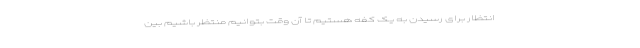
انتظار برای رسیدن به یک کفه هستیم تا آن وقت بتوانیم منتظر باشیم بین